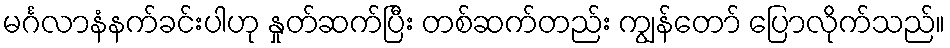
မင်္ဂလာနံနက်ခင်းပါဟု နှုတ်ဆက်ပြီး တစ်ဆက်တည်း ကျွန်တော် ပြောလိုက်သည်။